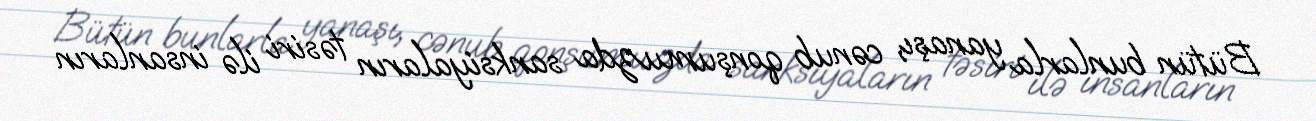
Bütün bunlarla yanaşı, cənub qonşumuzda sanksiyaların təsiri ilə insanların